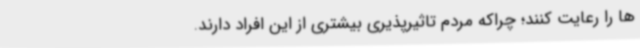
ها را رعایت کنند؛ چراکه مردم تاثیرپذیری بیشتری از این افراد دارند.